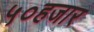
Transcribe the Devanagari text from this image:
५०हजार